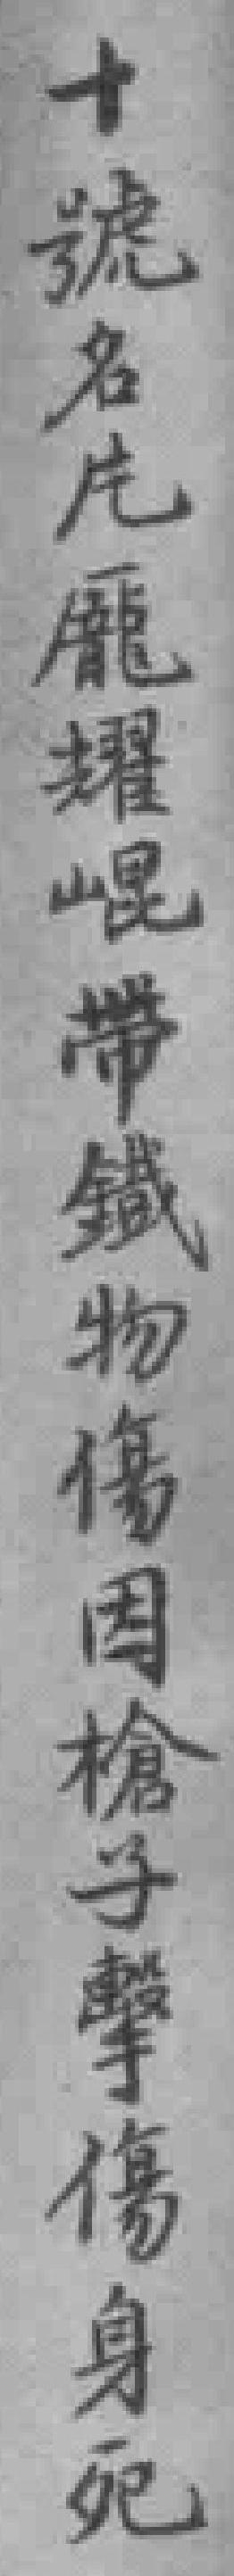
十號名庀龐耀崐帶鐵物傷因槍子擊傷身死